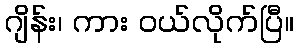
ဂျိန်း၊ ကား ဝယ်လိုက်ပြီ။